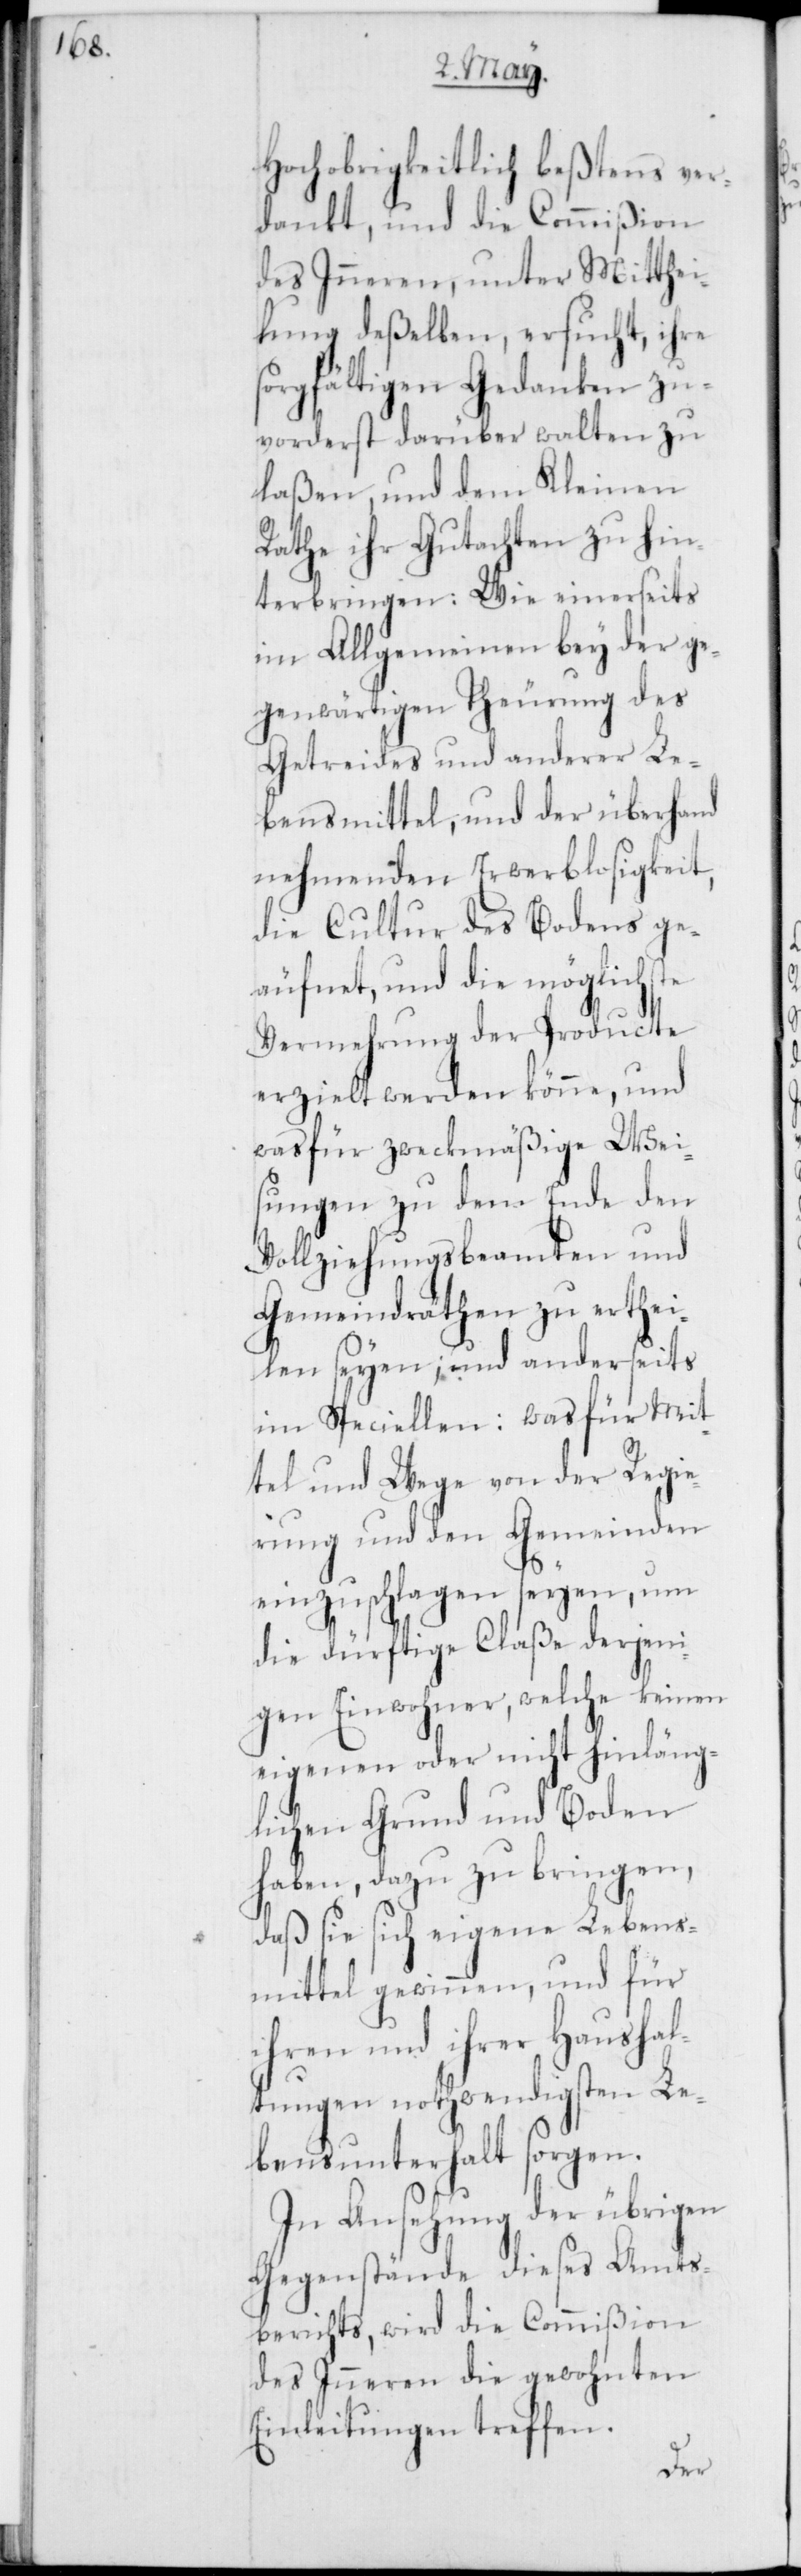
Hochobrigkeitlich beßtens ver¬
dankt, und die Commißion
des Inneren, unter Mitthei¬
lung deßelben, ersucht, ihre
sorgfältigen Gedanken zu¬
vorderst darüber walten zu
laßen, und dem Kleinen
Rathe ihr Gutachten zu hin¬
terbringen: Wie einerseits
im Allgemeinen bey der ge¬
genwärtigen Theurung des
Getreides und anderer Le¬
bensmittel, und der überhand
nehmenden Erwerbslosigkeit,
die Cultur des Bodens ge¬
äufnet, und die möglichste
Vermehrung der Producte
erzielt werden könne, und
was für zweckmäßige Wei¬
sungen zu dem Ende den
Vollziehungsbeamten und
Gemeindräthen zu erthei¬
len seyen; und anderseits
im Speciellen: was für Mit¬
tel und Wege von der Regie¬
rung und den Gemeinden
einzuschlagen seyen, um
die dürftige Claße derjeni¬
gen Einwohner, welche keinen
eigenen oder nicht hinläng¬
lichen Grund und Boden
haben, dazu zu bringen,
daß sie sich eigene Lebens¬
mittel gewinnen, und für
ihren und ihrer Haushal¬
tungen nothwendigsten Le¬
bensunterhalt sorgen.
In Ansehung der übrigen
Gegenstände dieses Amts¬
berichts, wird die Commißion
des Inneren die gewohnten
Einleitungen treffen.